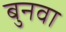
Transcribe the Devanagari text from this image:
बुनवा